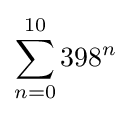
\sum _{n=0}^{10}{398}^{n}